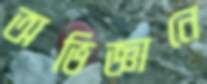
অভিজ্ঞানে